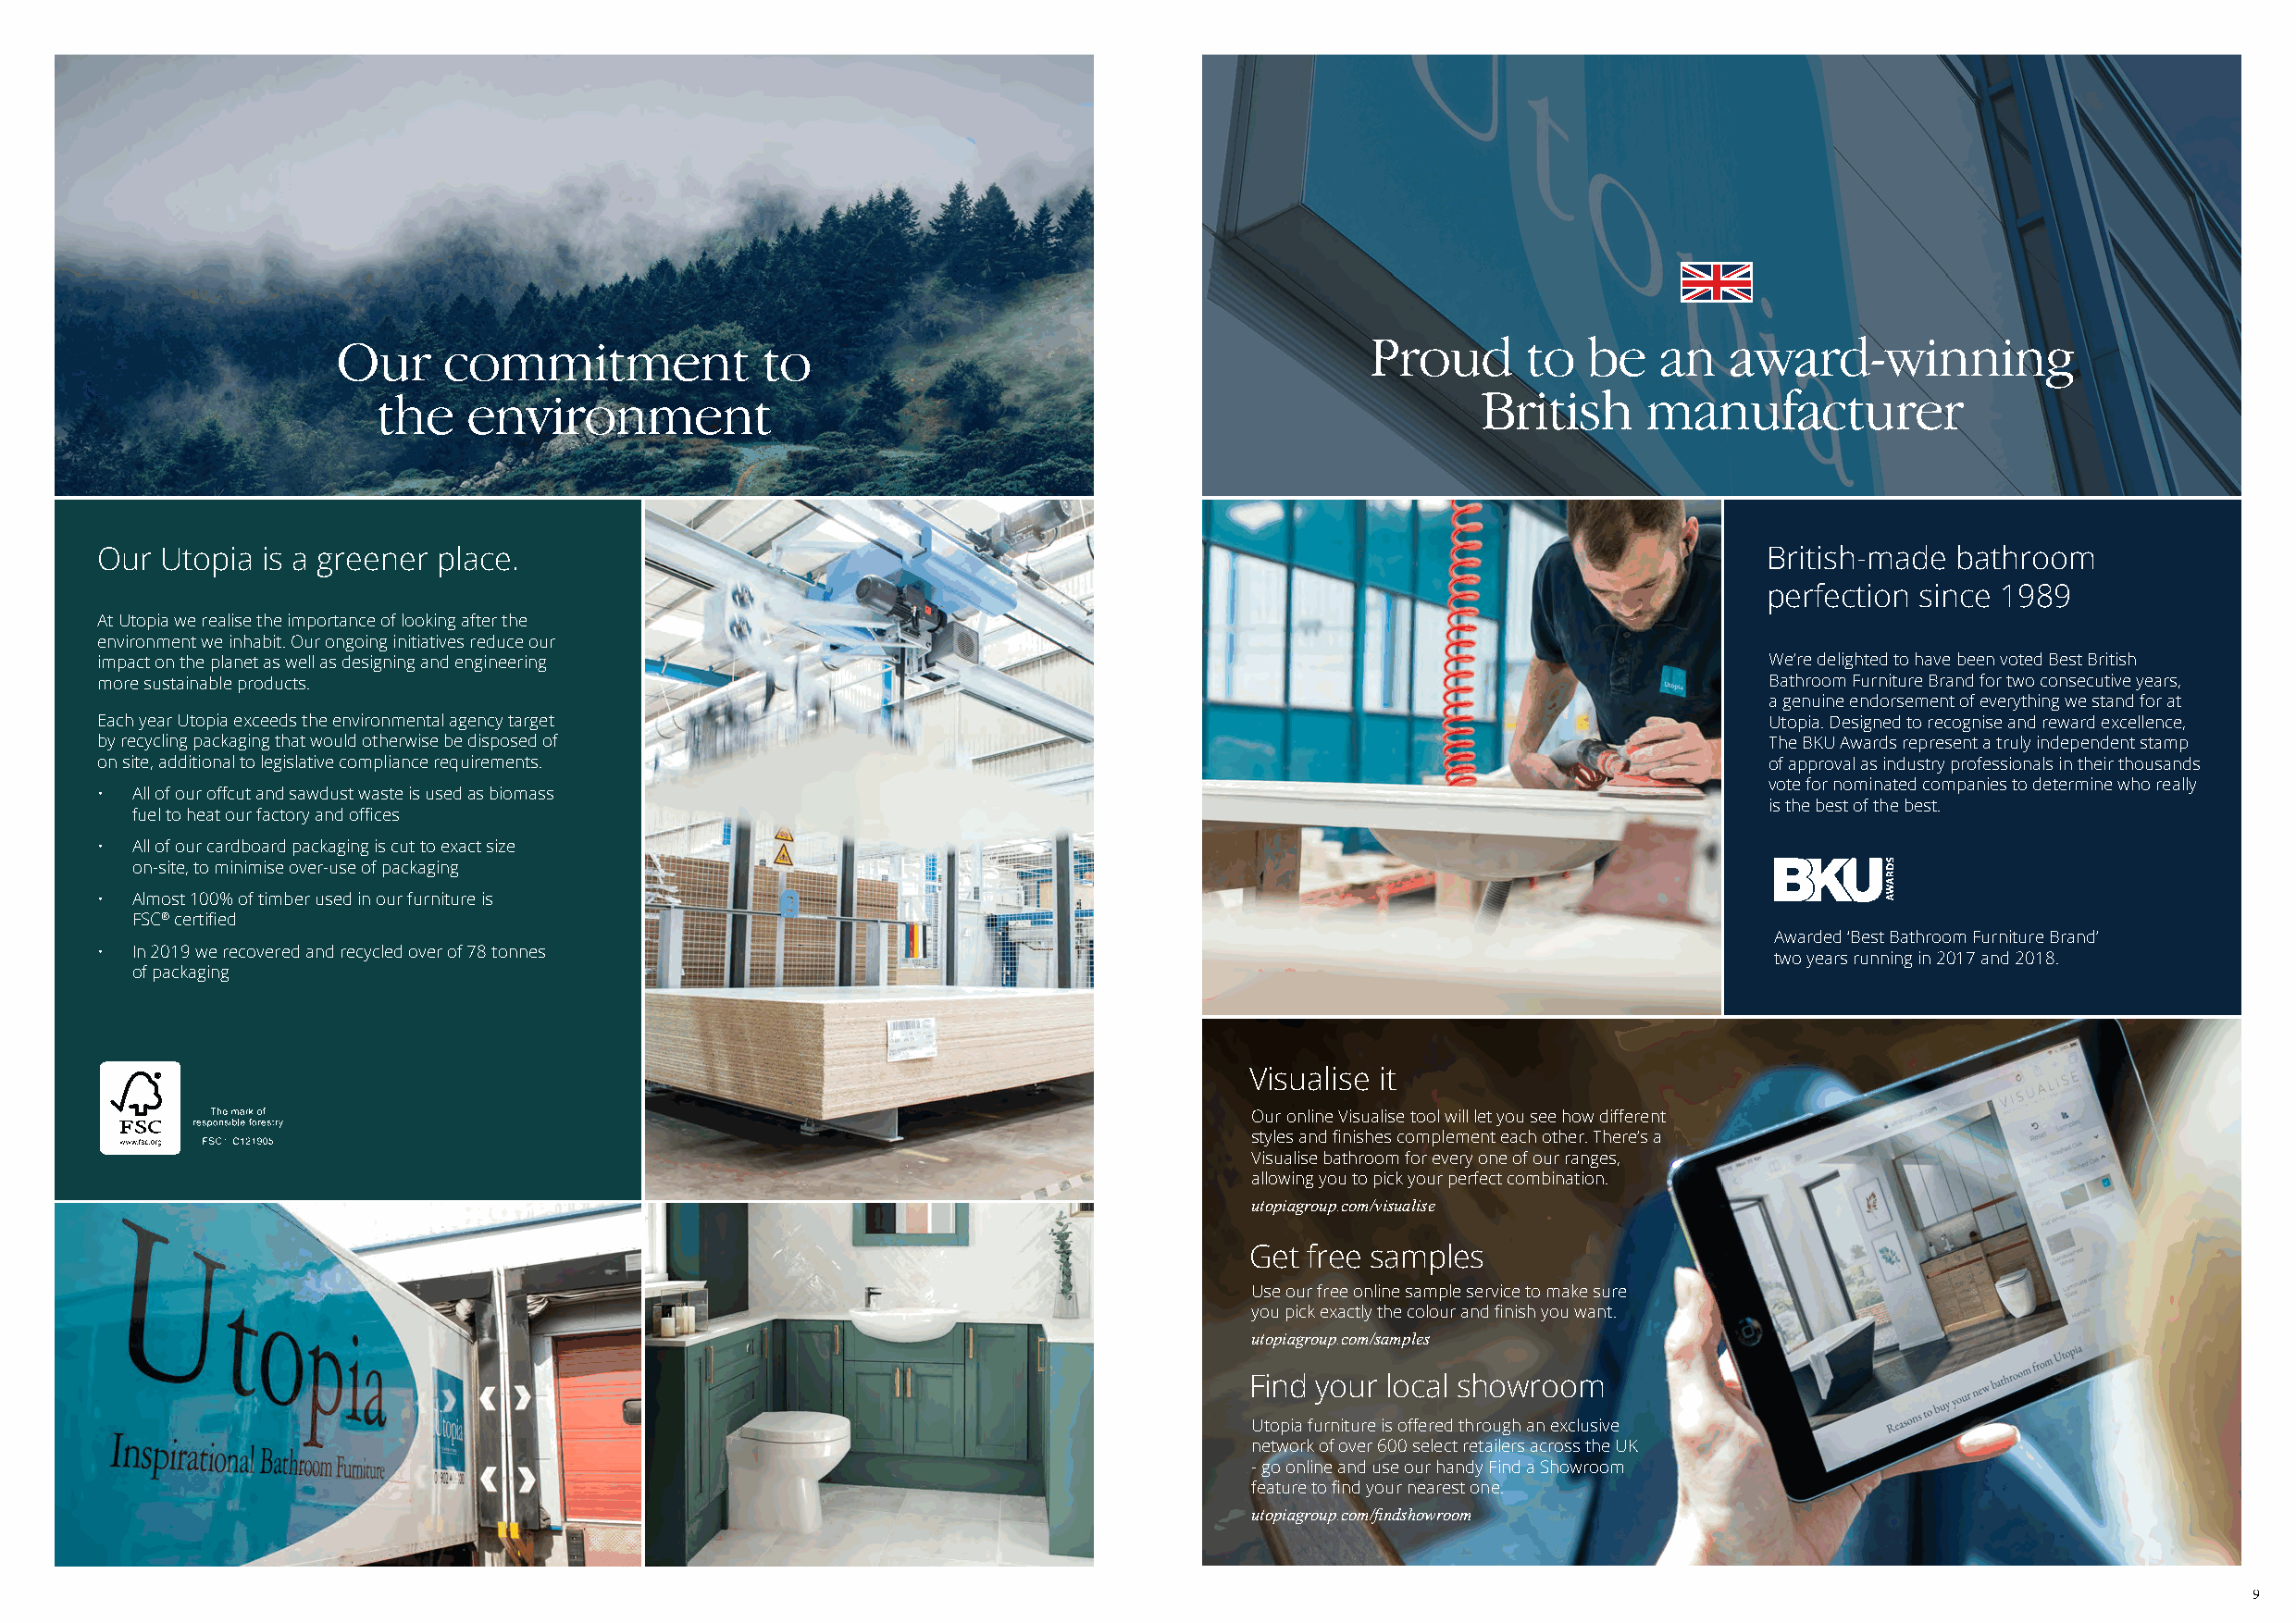
Our     commitment             to                                         Proud      to   be   an   award-winning
 the   environment                                                              British     manufacturer
 Our Utopia  is a greener place.                                                                                        British-made  bathroom
 perfection since 1989
 At Utopia we realise the importance of looking after the
 environment we inhabit. Our ongoing initiatives reduce our
 impact on the planet as well as designing and engineering                                                              We’re delighted to have been voted Best British
 more sustainable products.                                                                                             Bathroom Furniture Brand for two consecutive years,
 a genuine endorsement of everything we stand for at
 Each year Utopia exceeds the environmental agency target                                                               Utopia. Designed to recognise and reward excellence,
 by recycling packaging that would otherwise be disposed of                                                             The BKU Awards represent a truly independent stamp
 on site, additional to legislative compliance requirements.                                                            of approval as industry professionals in their thousands
 vote for nominated companies to determine who really
 • All of our offcut and sawdust waste is used as biomass
 is the best of the best.
 fuel to heat our factory and offices
 • All of our cardboard packaging is cut to exact size
 on-site, to minimise over-use of packaging
 • Almost 100% of timber used in our furniture is
 FSC® certified
 Awarded ‘Best Bathroom Furniture Brand’
 • In 2019 we recovered and recycled over of 78 tonnes
 two years running in 2017 and 2018.
 of packaging
 Visualise it
 Our online Visualise tool will let you see how different
 styles and finishes complement each other. There’s a
 Visualise bathroom for every one of our ranges,
 allowing you to pick your perfect combination.
 utopiagroup.com/visualise
 Get free samples
 Use our free online sample service to make sure
 you pick exactly the colour and finish you want.
 utopiagroup.com/samples
 Find your local showroom
 Utopia furniture is offered through an exclusive
 network of over 600 select retailers across the UK
 - go online and use our handy Find a Showroom
 feature to find your nearest one.
 utopiagroup.com/findshowroom
 9